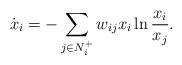
LaTeX: \begin{align*}\dot{x}_i= - \sum_{j\in N_i^+}w_{ij} x_i\ln \frac{x_i}{x_j}.\end{align*}